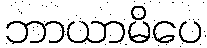
ဘာယာမိပေ